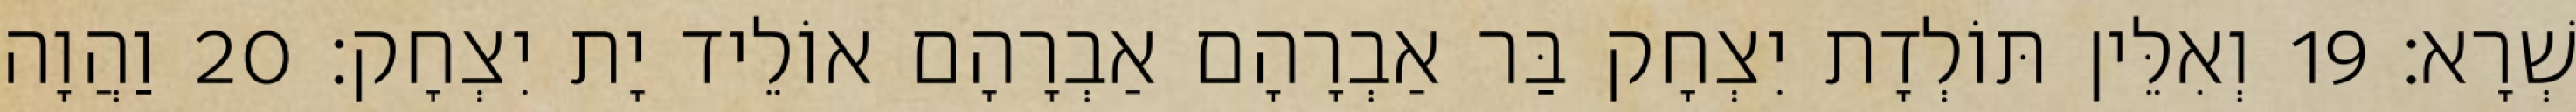
שְׁרָא׃ 19 וְאִלֵּין תּוֹלְדָת יִצְחָק בַּר אַבְרָהָם אַבְרָהָם אוֹלֵיד יָת יִצְחָק׃ 20 וַהֲוָה